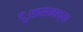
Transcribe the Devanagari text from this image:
दुःशासनाच्या